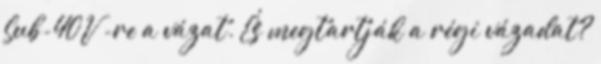
Sub-40V -re a vázat. És megtartják a régi vázadat?